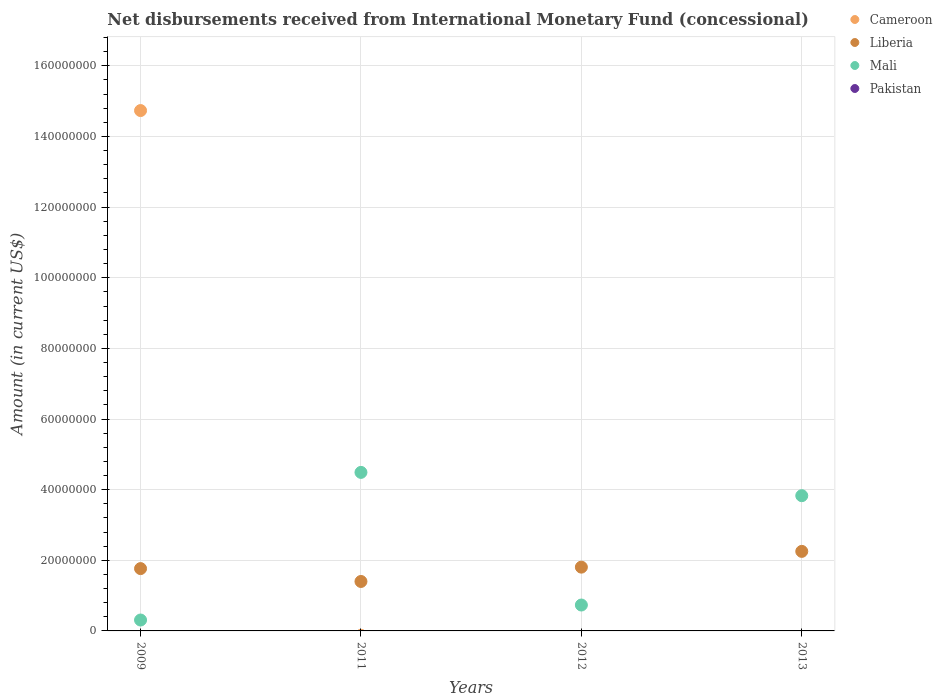
| Years | Cameroon | Liberia | Mali | Pakistan |
 | --- | --- | --- | --- | --- |
 | 2009 | 1.47e+08 | 1.76e+07 | 3.08e+06 | -2.18e+08 |
 | 2011 | -1.25e+06 | 1.4e+07 | 4.49e+07 | -2.72e+08 |
 | 2012 | -2.43e+06 | 1.81e+07 | 7.33e+06 | -2.24e+08 |
 | 2013 | -3.64e+06 | 2.25e+07 | 3.83e+07 | -1.31e+08 |